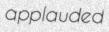
applauded